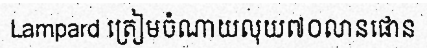
Lampard ត្រៀមចំណាយលុយ៧០លានផោន